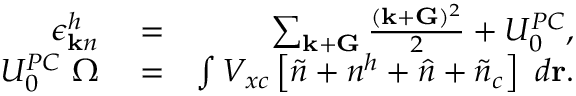
\begin{array} { r l r } { \epsilon _ { { \bf k } n } ^ { h } } & { { } = } & { \sum _ { { \bf k } + { \bf G } } \frac { ( { \bf k } + { \bf G } ) ^ { 2 } } { 2 } + U _ { 0 } ^ { P C } , } \\ { U _ { 0 } ^ { P C } ~ \Omega } & { { } = } & { \int V _ { x c } \left[ \tilde { n } + n ^ { h } + \hat { n } + \tilde { n } _ { c } \right] ~ d { \bf r } . } \end{array}